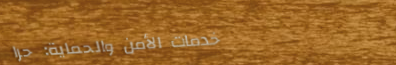
خدمات الأمن والحماية: حرا